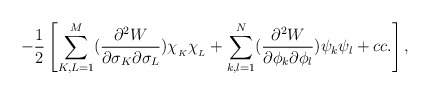
\begin{align*}-\frac{1}{2}\left[ \sum_{K,L =1}^{M}(\frac{\partial^2W}{\partial \sigma_K \partial\sigma_L})\chi_{_K} \chi_{_L} + \sum_{k,l =1}^{N}(\frac{\partial^2 W}{\partial \phi_k\partial \phi_l})\psi_k \psi_l + cc.\right],\end{align*}